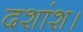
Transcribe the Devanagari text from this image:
दशांश।